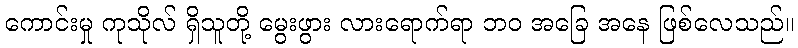
ကောင်းမှု ကုသိုလ် ရှိသူတို့ မွေးဖွား လားရောက်ရာ ဘဝ အခြေ အနေ ဖြစ်လေသည်။